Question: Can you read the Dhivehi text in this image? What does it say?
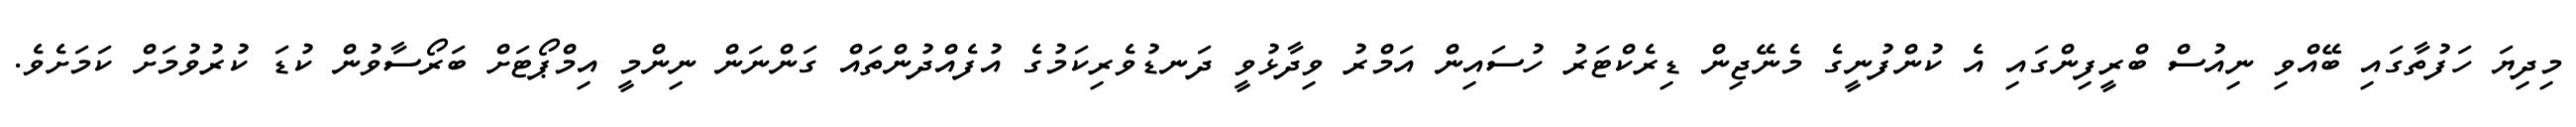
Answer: މިދިޔަ ހަފުތާގައި ބޭއްވި ނިއުސް ބްރީފިންގައި އެ ކުންފުނީގެ މެނޭޖިން ޑިރެކްޓަރު ހުސައިން އަމްރު ވިދާޅުވީ ދަނޑުވެރިކަމުގެ އުފެއްދުންތައް ގަންނަން ނިންމީ އިމްޕޯޓަށް ބަރޯސާވުން ކުޑަ ކުރުވުމަށް ކަމަށެވެ.